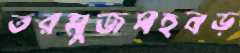
তরমুজসহবড়